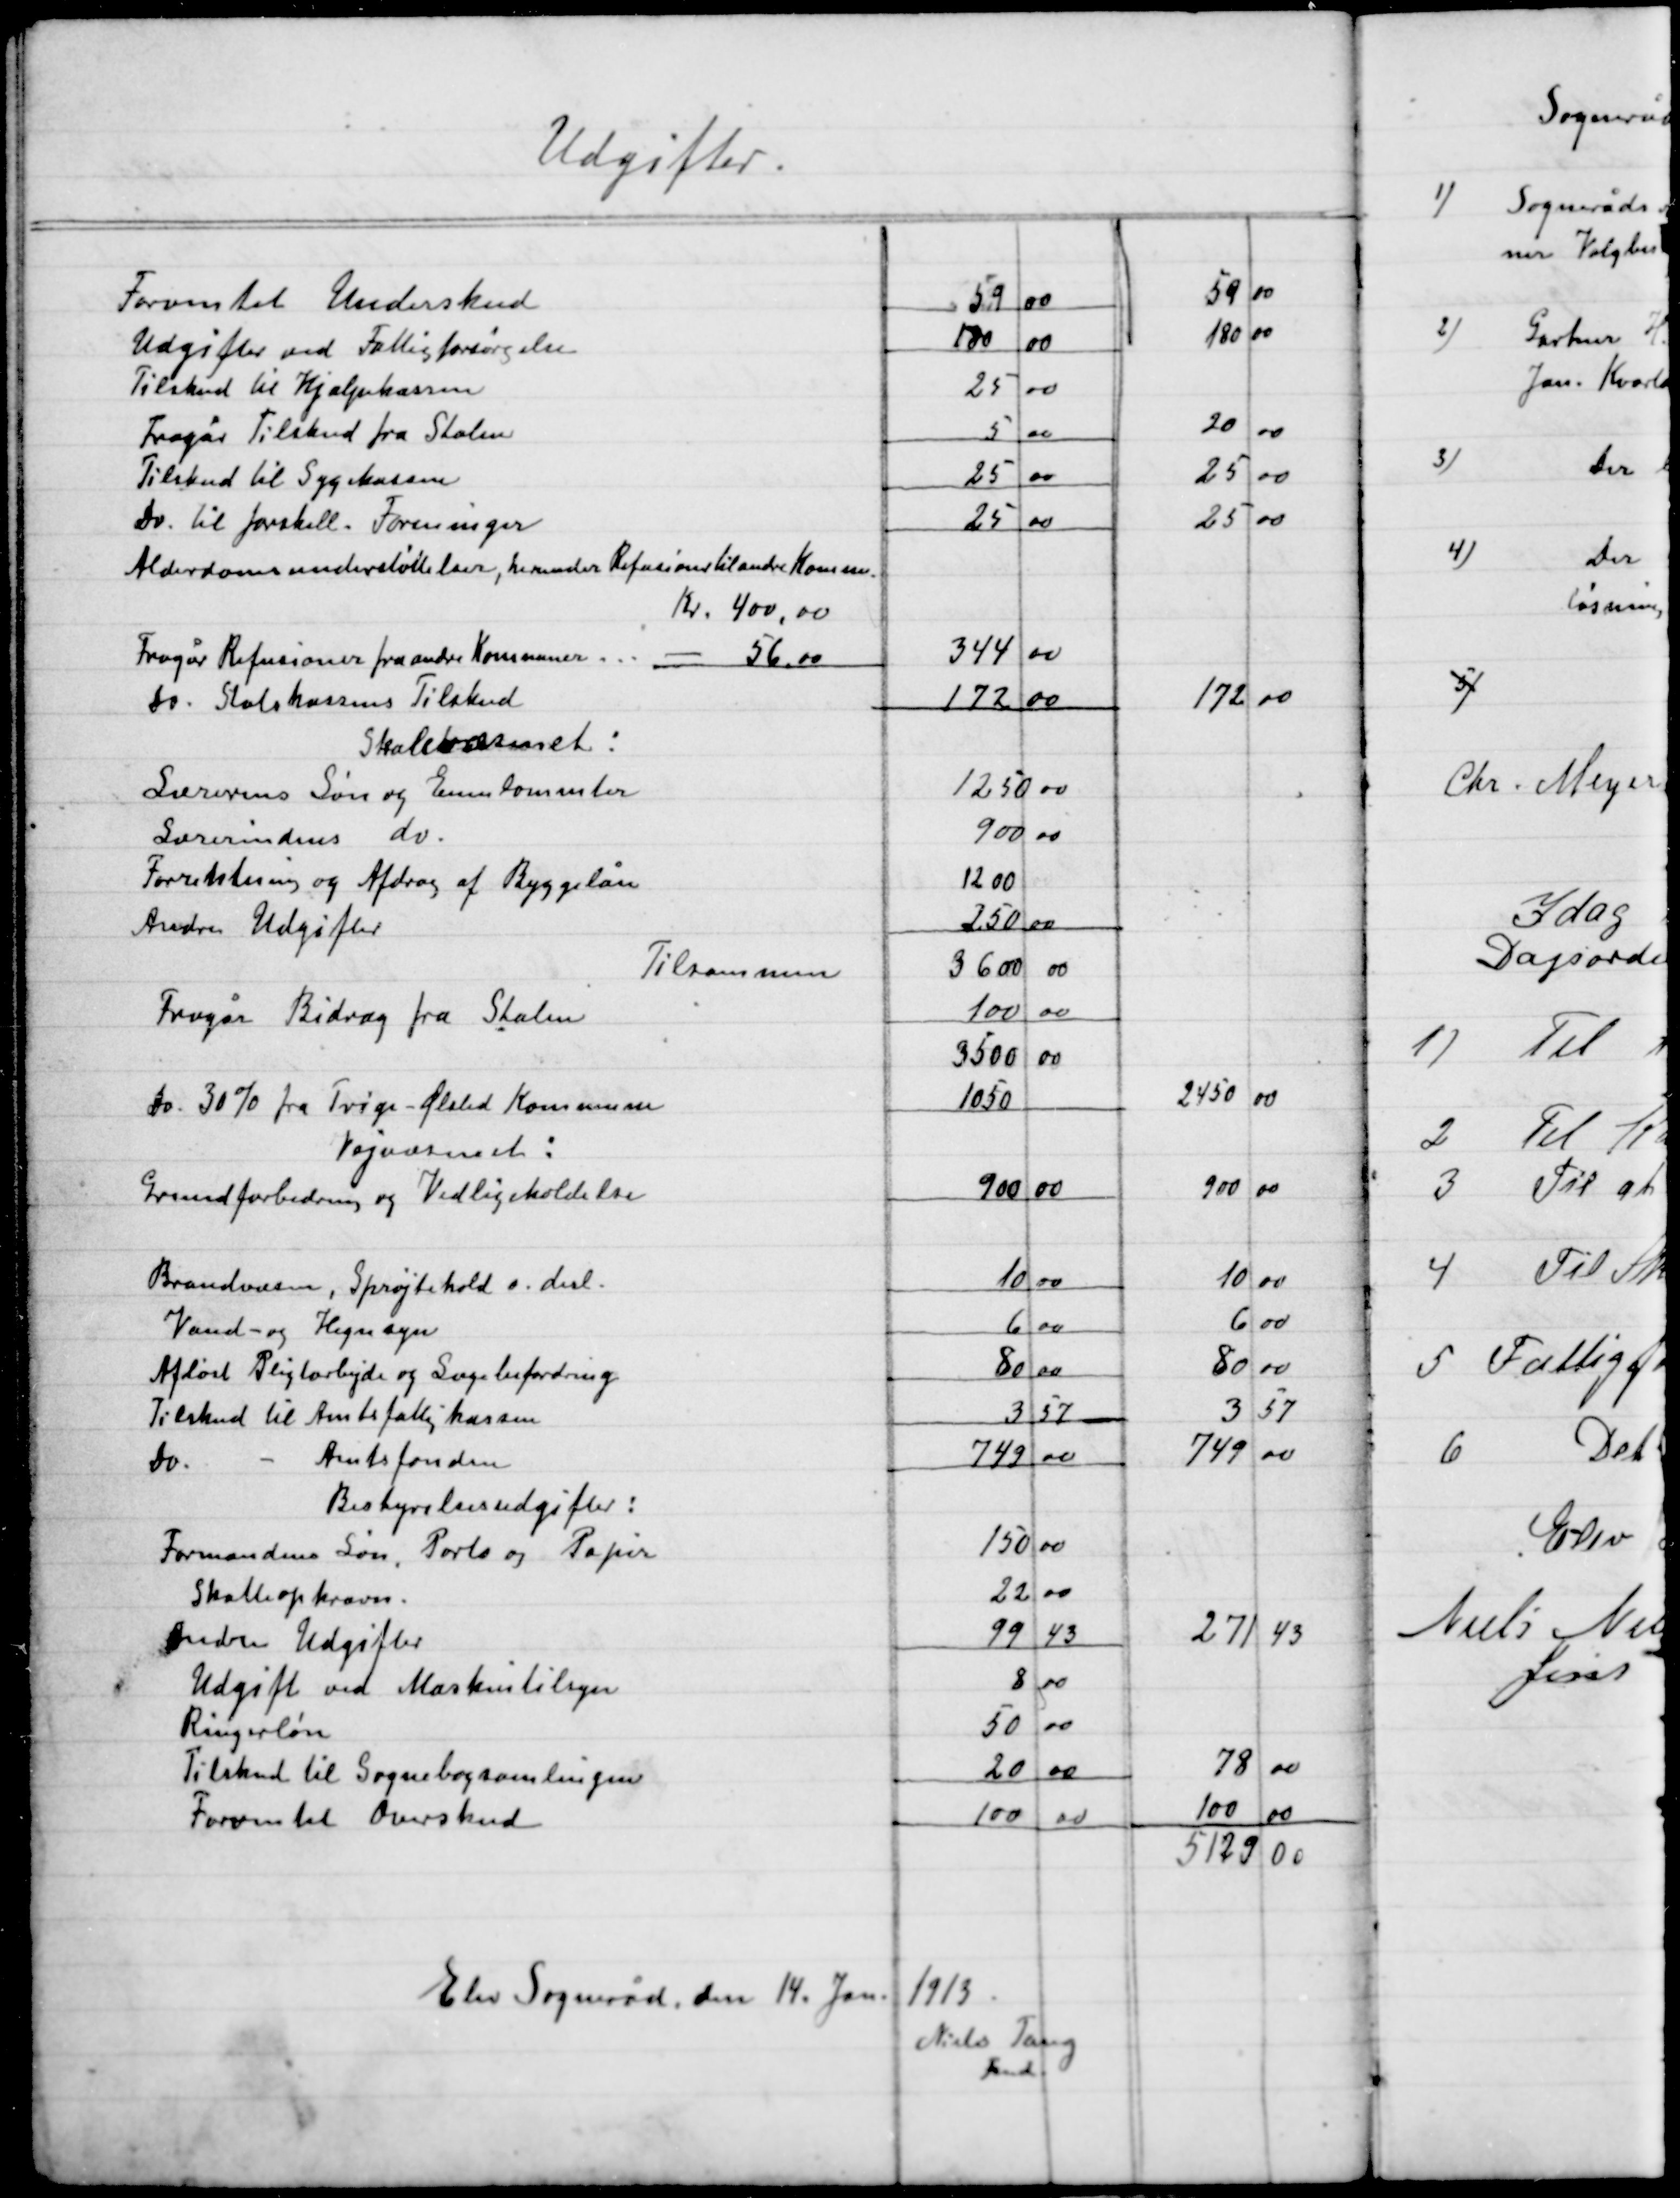
Transskription:
Elev Sogneråd, den 14. Jan. 1913.

Niels Tang
Fmd.